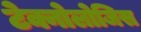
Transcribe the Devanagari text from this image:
टेक्नोलोजिस